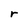
Character: r